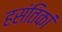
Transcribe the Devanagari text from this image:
हसंतिकां